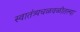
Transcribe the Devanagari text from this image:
स्वातंत्र्यचळवळीतल्या